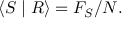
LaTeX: \langle S \mid R \rangle = F _ { S } / N .